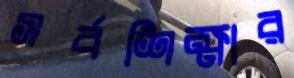
সর্বশিক্ষার